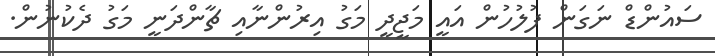
ސައުންޑް ނަގަން ފުލުހުން އައީ މަޖީދީ މަގު އިރުންނާއި ޗާންދަނީ މަގު ދެކުނުން.